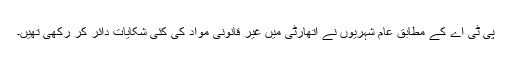
پی ٹی اے کے مطابق عام شہریوں نے اتھارٹی میں غیر قانونی مواد کی کئی شکایات دائر کر رکھی تھیں۔